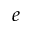
e